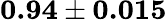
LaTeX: \textbf{0.94}\pm\textbf{0.015}